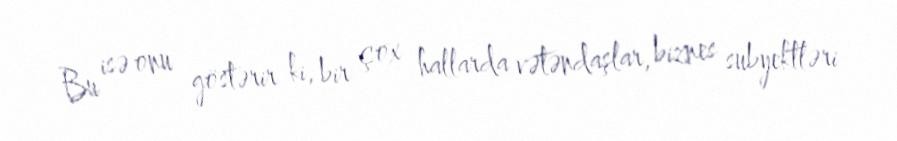
Bu isə onu göstərir ki, bir çox hallarda vətəndaşlar, biznes subyektləri